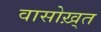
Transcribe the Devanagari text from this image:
वासोख़्त